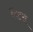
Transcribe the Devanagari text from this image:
फेंट्स